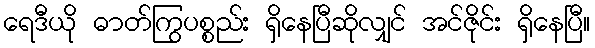
ရေဒီယို ဓာတ်ကြွပစ္စည်း ရှိနေပြီဆိုလျှင် အင်ဇိုင်း ရှိနေပြီ။